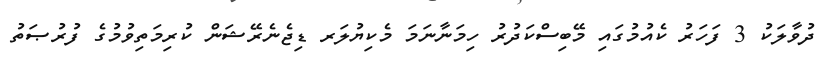
ދުވާލަކު 3 ފަހަރު ކެއުމުގައި މޭބިސްކަދުރު ހިމަނާނަމަ މެކިޔުލަރ ޑިޖެނެރޭޝަން ކުރިމަތިވުމުގެ ފުރުޞަތު